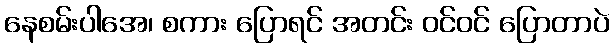
နေစမ်းပါအေ၊ စကား ပြောရင် အတင်း ဝင်ဝင် ပြောတာပဲ